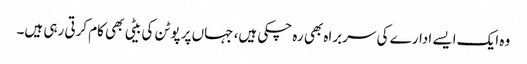
وہ ایک ایسے ادارے کی سربراہ بھی رہ چکی ہیں، جہاں پر پوٹن کی بیٹی بھی کام کرتی رہی ہیں۔